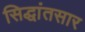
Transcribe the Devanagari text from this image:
सिद्धांतसार